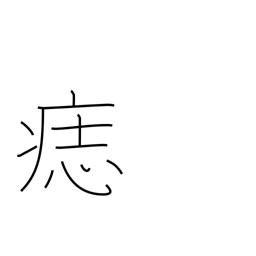
Meaning: birthmark